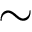
\sim